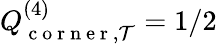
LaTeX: Q_{\mathrm{~c~o~r~n~e~r~},\mathcal{T}}^{(4)}=1/2